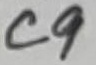
Text: C9